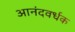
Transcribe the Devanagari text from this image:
आनंदवर्धक